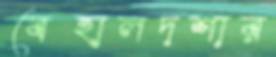
বেহালদশার